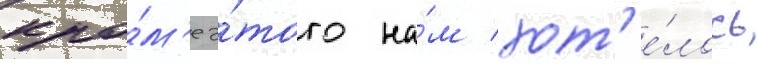
кро́м'е э́того на́м хот'е́лось